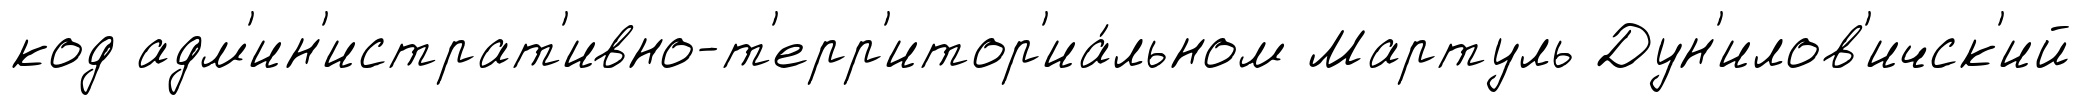
код адм'ин'истрат'ивно-т'ерр'итор'иа́льном Мартуль Дун'илов'ичск'ий